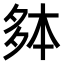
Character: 𫯐